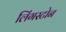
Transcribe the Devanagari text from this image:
लिंगस्टोन